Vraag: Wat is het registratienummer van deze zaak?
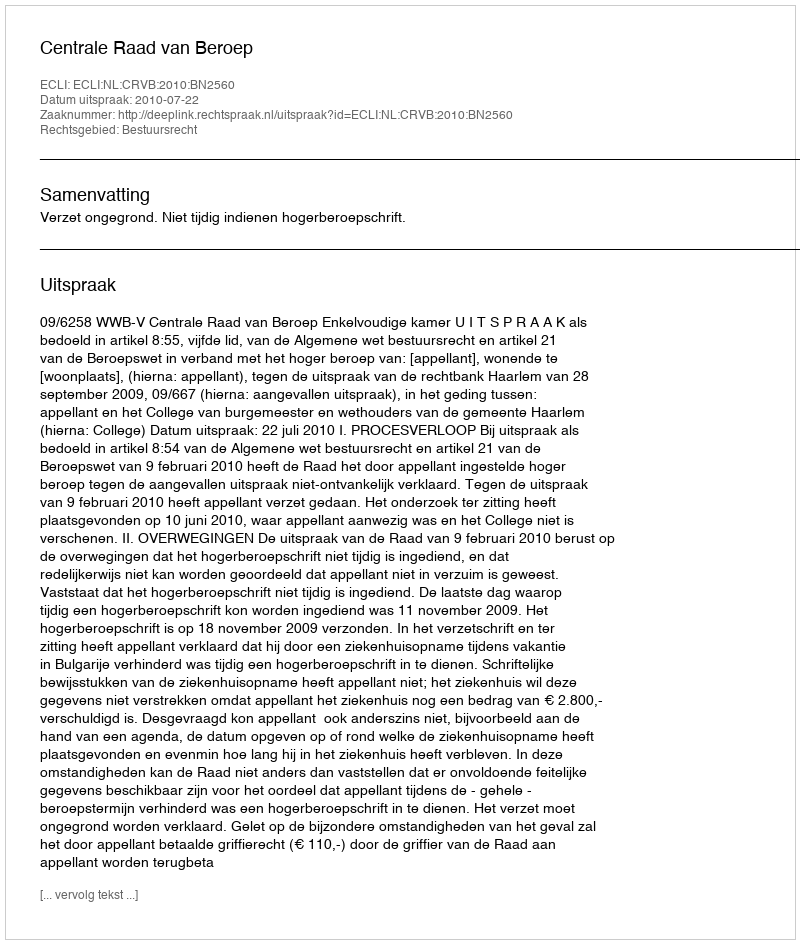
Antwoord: http://deeplink.rechtspraak.nl/uitspraak?id=ECLI:NL:CRVB:2010:BN2560